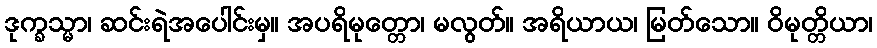
ဒုက္ခသ္မာ၊ ဆင်းရဲအပေါင်းမှ။ အပရိမုတ္တော၊ မလွတ်။ အရိယာယ၊ မြတ်သော။ ဝိမုတ္တိယာ၊